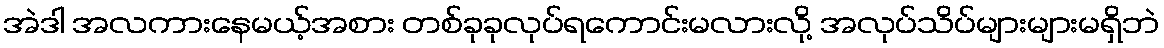
အဲဒါ အလကားနေမယ့်အစား တစ်ခုခုလုပ်ရကောင်းမလားလို့ အလုပ်သိပ်များများမရှိဘဲ